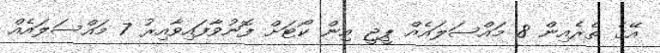
އޭގެ ތެރެއިން 8 މައްސަލައެއް ޕީޖީ އިން ކޯޓަށް ފޮނުވާފައިވާއިރު 7 މައްސަލައެއް